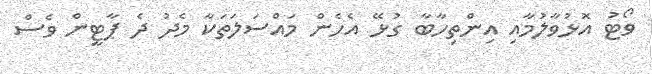
ވޯޓު އޮޅުވާލުމާއި އިންތިހާބާ ގުޅޭ އެހެން މައްސަލަތަކާ މެދު ދެ ޕާޓީން ވެސް